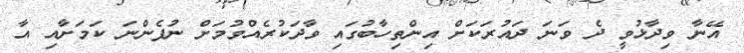
އޭނާ ވިދާޅުވީ ދެ ވަނަ ދައުރަކަށް އިންތިހާބުގައި ވާދަކުރެއްވުމަށް ނުފެންނަ ކަމަށާއި އާ